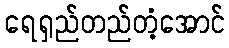
ရေရှည်တည်တံ့အောင်